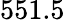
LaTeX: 551.5